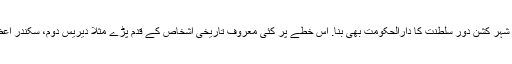
۶ صدی عیسیوی سے وادئ پشاور مملکتِ گندھارا کا مرکز تھا. بعد میں یہ شہر کُشن دورِ سلطنت کا دارالحکومت بھی بنا. اس خطے پر کئی معروف تاریخی اشخاص کے قدم پڑے مثلاً دیریس دوم، سکندر اعظم، ہیون سنگ، فا ہین، مارکوپولو، ماؤنٹسٹارٹ ایلفنسٹائن اور ونسٹن چرچل۔